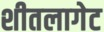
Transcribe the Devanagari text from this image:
शीतलागेट